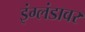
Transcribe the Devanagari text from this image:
इंग्लंडावर